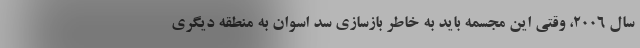
سال ۲۰۰۶، وقتی این مجسمه باید به خاطر بازسازی سد اسوان به منطقه دیگری